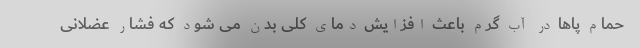
حمام پاها در آب گرم باعث افزایش دمای کلی بدن می شود که فشار عضلانی